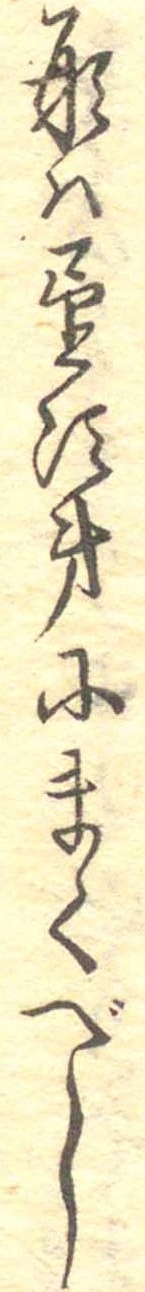
形は望次第にまくべし